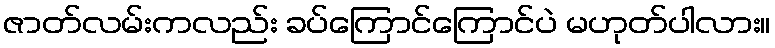
ဇာတ်လမ်းကလည်း ခပ်ကြောင်ကြောင်ပဲ မဟုတ်ပါလား။